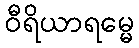
ဝီရိယာရမ္မေ